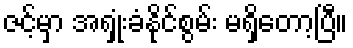
ဇင့်မှာ အရှုံးခံနိုင်စွမ်း မရှိတော့ပြီ။